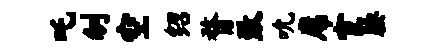
吒刎空绍瞀致吮席宦腰